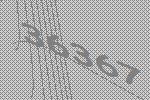
36367